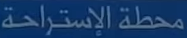
محطة الإستراحة